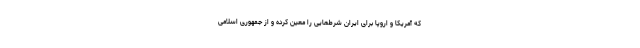
که آمریکا و اروپا برای ایران شرط‌هایی را معین کرده و از جمهوری اسلامی